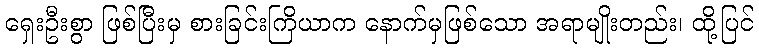
ရှေးဦးစွာ ဖြစ်ပြီးမှ စားခြင်းကြိယာက နောက်မှဖြစ်သော အရာမျိုးတည်း၊ ထို့ပြင်